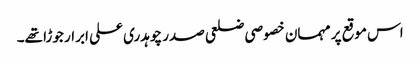
اس موقع پر مہمان خصوصی ضلعی صدر چوہدری علی ابرار جوڑا تھے۔